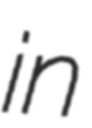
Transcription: in